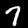
Label: 7